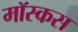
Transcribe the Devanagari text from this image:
मॉस्कस